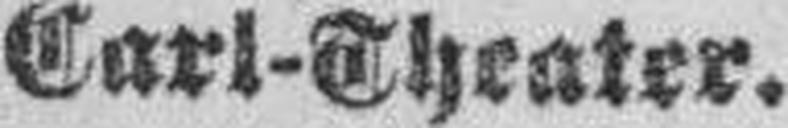
Carl-Theater.